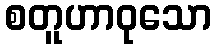
စတူဟာဝုသော